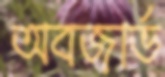
অবজার্ভ